Annual administration report of the Civil Veterinary Department of India - 1896-1897
Year: 1896
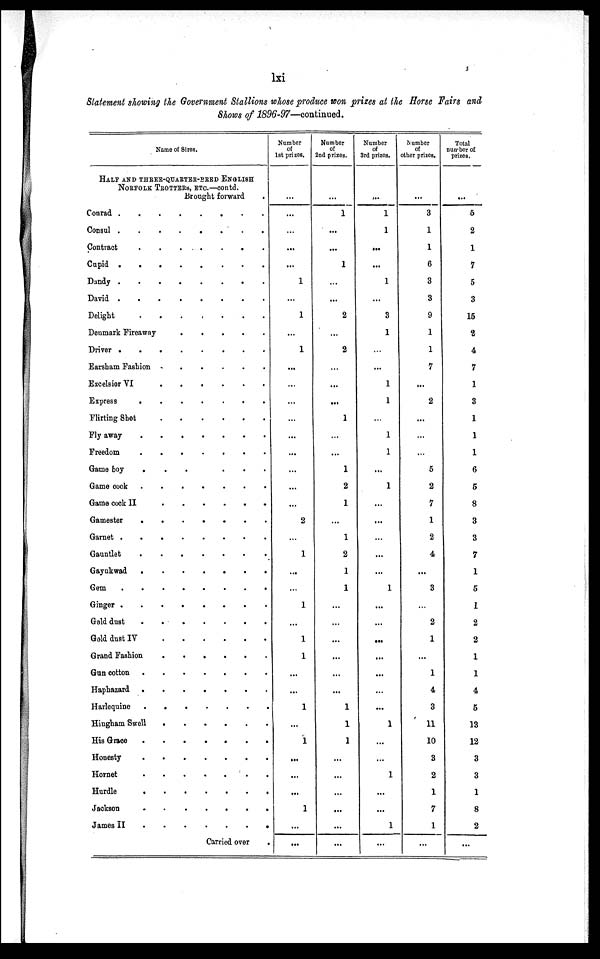
lxi
Statement showing the Government Stallions whose produce won prizes at the Horse Fairs and
Shows of 1896-97—continued.
Name of Sires.
HALF AND THREE-QUARTER-BRED ENGLISH
NORFOLK TROTTERs, ETC.—contd.
Brought forward
.
Conrad
Consul
.
.
.
.
.
.
.
.
Contract
.
.
.
.
.
.
.
Cupid
.
.
.
.
.
.
.
.
Dandy
David
Delight
Denmark Fireaway
.
.
.
.
.
Driver
.
.
.
.
.
.
.
.
Earsham Fashion
.
.
.
.
.
.
Excelsior VI
.
.
.
.
.
.
Express
.
.
.
.
.
.
.
Flirting Shot
.
.
.
.
.
.
Fly away
.
.
.
.
.
.
.
Freedom
.
.
.
.
.
.
.
Game boy
.
.
.
.
.
.
Game cock
.
.
.
.
.
.
.
Game cock II
Gamester
.
.
.
.
.
.
.
Garnet
.
.
.
.
.
.
.
Gauntlet
.
.
.
.
.
.
.
Gayukwad
.
.
.
.
.
.
.
Gem
.
.
.
.
.
.
.
.
Ginger
Gold dust
.
.
.
.
.
.
.
Gold dust IV
.
.
.
.
.
.
Grand Fashion
Gun cotton
Haphazard
Harlequine
.
.
.
.
.
.
.
Hingham Swell
.
.
.
.
.
.
His Grace
.
.
.
.
.
.
.
Honesty
Hornet
Hurdle
Jackson
.
.
.
.
.
.
.
James II
.
.
.
.
.
.
.
Carried over
.
Number
of
1st prizes.
...
...
...
...
...
1
...
1
...
1
...
...
...
...
...
...
...
...
...
2
...
1
...
...
1
...
1
1
...
...
1
...
1
...
...
...
1
...
...
Number
of
2nd prizes.
...
1
...
...
1
...
...
2
...
2
...
...
...
1
...
...
1
2
1
...
1
2
1
1
...
...
...
...
...
...
1
1
1
...
...
...
...
...
...
Number
of
3rd prizes.
...
1
1
...
...
1
...
3
1
...
...
1
1
...
1
1
...
1
...
...
...
...
...
1
...
...
...
...
...
...
...
1
...
...
1
...
...
1
...
Number
of
other prizes.
...
3
1
1
6
3
3
9
1
1
7
...
2
...
...
...
5
2
7
1
2
4
...
3
...
2
1
...
1
4
3
11
10
3
2
1
7
1
...
Total
number of
prizes.
...
5
2
1
7
5
3
15
2
4
7
1
3
1
1
1
6
5
8
3
3
7
1
5
1
2
2
1
1
4
5
13
12
3
3
1
8
2
...